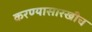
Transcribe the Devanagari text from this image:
करण्यासारखीच